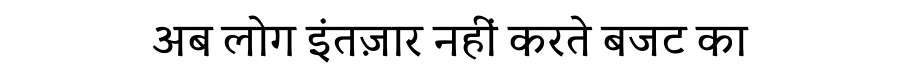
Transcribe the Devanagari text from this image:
अब लोग इंतज़ार नहीं करते बजट का